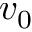
v _ { 0 }